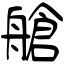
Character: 艙